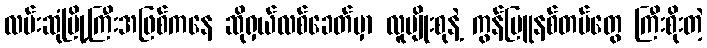
လမ်းဆုံမြို့ကြီးအဖြစ်ကနေ ဆိုရှယ်လစ်ခေတ်မှာ လူမျိုးစုနဲ့ ကွန်မြူနစ်တပ်တွေ ကြီးစိုးတဲ့